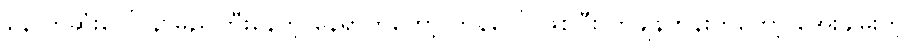
နောက်ဆုံးပေါ် နာမည်ကြီးနေတဲ့ နေရာကတော့ ကန်ဂေါ် ဖြစ်ပြီး တချိန်တုန်းကတော့ အေးချမ်းတဲ့